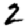
Digit: 2